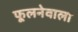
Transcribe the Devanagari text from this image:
फूलनेवाला